Lunatic asylums Madras 1877-1891 - 1877-1891
Year: 1877
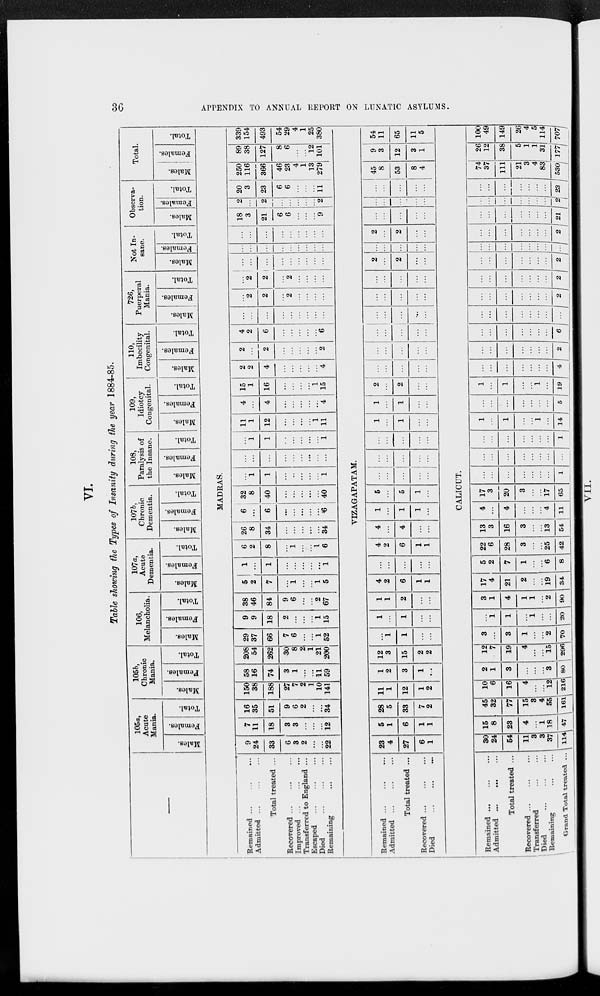
36
APPENDIX TO ANNUAL REPORT ON LUNATIC ASYLUMS.
VI.
Table showing the Types of Insanity during the year 1884-85.
—
Remained ... ... ...
Admitted
...
...
...
Total treated ...
Recovered
...
...
...
Improved ...
...
...
Transferred to England ...
Escaped ... ... ...
Died
...
...
...
Remaining ... ...
Remained ...
...
...
Admitted
...
...
...
Total treated ...
Recovered ...
...
...
Died ... ... ...
Remained ... ...
...
Admitted ...
...
...
Total treated ...
Recovered ...
...
...
Transferred
...
...
Died
...
...
...
Remaining ... ...
Grand Total treated ...
105a,
Acute
Mania.
Males.
Females.
Total.
105b,
Chronic
Mania.
Males.
Females.
Total.
106,
Melancholia.
Males.
Females.
Total.
107a,
Acute
Dementia.
Males.
Females.
Total.
107b,
Chronic
Dementia.
Males.
Females.
Total.
108,
Paralysis of
the Insane.
Males.
Females.
Total.
109,
Idiotcy
Congenital.
Males.
Females.
Total.
110,
Imbecility
Congenital.
Males.
Females.
Total.
726,
Puerperal
Mania.
Males.
Females.
Total.
Not In-
sane.
Males.
Females.
Total.
Observa-
tion.
Males.
Females.
Total.
Total.
Males.
Females.
Total.
MADRAS.
9
24
33
6
3
2
...
...
22
7
11
18
3
3
...
...
...
12
16
35
51
9
6
2
...
...
34
150
38
188
27
7
2
1
10
141
58
16
74
3
1
...
...
11
59
208
54
262
30
8
2
1
21
200
29
37
66
7
6
...
...
1
52
9
9
18
2
...
...
...
1
15
38
46
84
9
6
...
...
2
67
5
2
7
...
1
...
...
1
5
1
...
1
...
...
...
...
...
1
6
2
8
...
1
...
...
1
6
26
8
34
...
...
...
...
...
34
6
...
6
...
...
...
...
...
6
32
8
40
...
...
...
...
...
40
...
1
1
...
...
...
...
...
1
...
...
...
...
...
...
...
...
...
...
1
1
...
...
...
...
...
1
11
1
12
...
...
...
...
1
11
4
...
4
...
...
...
...
...
4
15
1
16
...
...
...
...
1
15
2
2
4
...
...
...
...
...
4
2
...
2
...
...
...
...
...
2
4
2
6
...
...
...
...
...
6
...
...
...
...
...
...
...
...
...
...
2
2
...
2
...
...
...
...
...
2
2
...
2
...
...
...
...
...
...
...
...
...
...
...
...
...
...
...
...
...
...
...
...
...
...
...
...
...
...
...
...
...
...
...
18
3
21
6
6
...
...
...
9
2
...
2
...
...
...
...
...
2
20
3
23
6
6
...
...
...
11
250
116
366
46
23
4
1
13
279
89
38
127
8
6
...
...
12
101
339
154
493
54
29
4
1
25
380
VIZAGAPATAM.
23
4
27
6
1
5
1
6
1
1
28
5
33
7
2
11
1
12
1
2
1
2
3
1
...
12
3
15
2
2
...
1
1
...
...
1
...
1
...
...
1
1
2
...
...
4
2
6
1
1
...
...
...
...
...
4
2
6
1
1
4
...
4
...
...
1
...
1
1
...
5
...
5
1
...
...
...
...
...
...
...
...
...
...
...
...
...
...
...
...
1
...
1
...
...
1
...
1
...
...
2
...
2
...
...
...
...
...
...
...
...
...
...
...
...
...
...
...
...
...
...
...
...
...
...
...
...
...
...
...
...
...
...
...
...
2
...
2
...
...
...
...
...
...
...
2
...
2
...
...
...
...
...
...
...
...
...
...
...
...
...
...
...
...
...
45
8
53
8
4
9
3
12
3
1
54
11
65
11
5
CALICUT.
30
24
54
11
3
3
37
114
15
8
23
4
...
1
18
47
45
32
77
15
3
4
55
161
10
6
16
4
...
...
12
216
2
1
3
...
...
...
3
80
12
7
19
4
...
...
15
296
3
...
3
1
...
...
2
70
...
1
1
...
1
...
...
20
3
1
4
1
1
...
2
90
17
4
21
2
...
...
19
34
5
2
7
1
...
...
6
8
22
6
28
3
...
...
25
42
13
3
16
3
...
...
13
54
4
...
4
...
...
...
4
11
17
3
20
3
...
...
17
65
...
...
...
...
...
...
...
1
...
...
...
...
...
...
...
...
...
...
...
...
...
...
...
1
1
...
1
...
...
1
...
14
...
...
...
...
...
...
...
5
1
...
1
...
...
1
...
19
...
...
...
...
...
...
...
4
...
...
...
...
...
...
...
2
...
...
...
...
...
...
...
6
...
...
...
...
...
...
...
...
...
...
...
...
...
...
... 2
...
...
...
...
...
...
...
2
...
...
...
...
...
...
...
2
...
...
...
...
...
...
...
...
...
...
...
...
...
...
...
2
...
...
...
...
...
...
...
21
...
...
...
...
...
...
...
2
...
...
...
...
...
...
...
23
74
37
111
21
3
4
83
530
26
12
38
5
1
1
31
177
100
49
149
26
4
5
114
707